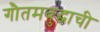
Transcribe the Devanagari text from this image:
गौतमबुद्धाची